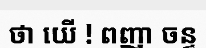
ថា យើ ! ពញា ចន្ទ